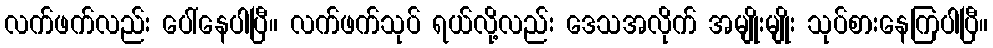
လက်ဖက်လည်း ပေါ်နေပါပြီ။ လက်ဖက်သုပ် ရယ်လို့လည်း ဒေသအလိုက် အမျိုးမျိုး သုပ်စားနေကြပါပြီ။